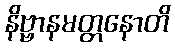
နိဗ္ဗာနမတ္တနောတိ